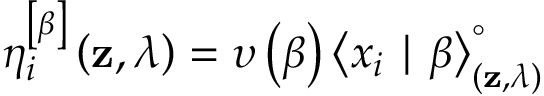
\eta _ { i } ^ { \left[ \beta \right] } \left( \mathbf { z } , \lambda \right) = \upsilon \left( \beta \right) \left< x _ { i } \mid \beta \right> _ { \left( \mathbf { z } , \lambda \right) } ^ { \circ }